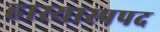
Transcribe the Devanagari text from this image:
हास्यास्पपद